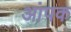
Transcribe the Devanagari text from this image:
आंपक